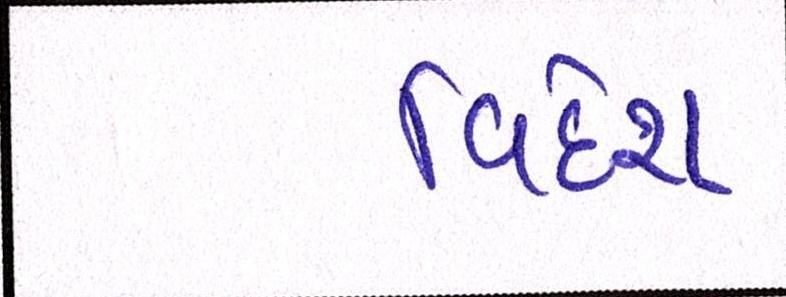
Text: વિદેશ